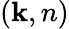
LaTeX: (\mathbf{k},n)